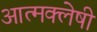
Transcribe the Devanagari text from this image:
आत्मक्लेषी